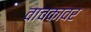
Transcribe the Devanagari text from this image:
वाचकावर